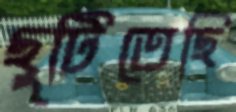
ছুটিতেছি